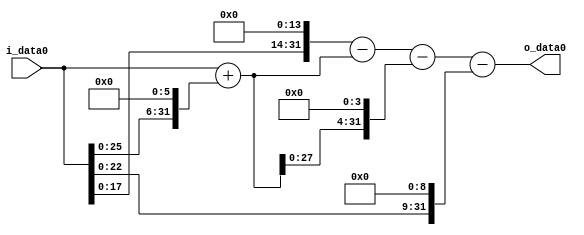
module multiplier_block_122 (
    i_data0,
    o_data0
);
  input   [31:0] i_data0;
  output  [31:0]
    o_data0;
  wire [31:0]
    w1,
    w64,
    w65,
    w16384,
    w16319,
    w1040,
    w15279,
    w512,
    w14767;
  assign w1 = i_data0;
  assign w1040 = w65 << 4;
  assign w14767 = w15279 - w512;
  assign w15279 = w16319 - w1040;
  assign w16319 = w16384 - w65;
  assign w16384 = w1 << 14;
  assign w512 = w1 << 9;
  assign w64 = w1 << 6;
  assign w65 = w1 + w64;
  assign o_data0 = w14767;
endmodule